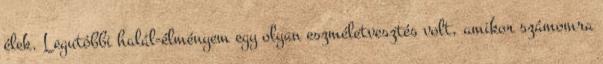
élek. Legutóbbi halál-élményem egy olyan eszméletvesztés volt, amikor számomra